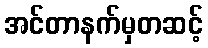
အင်တာနက်မှတဆင့်